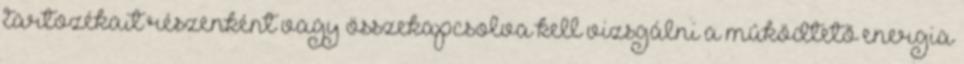
tartozékait részenként vagy összekapcsolva kell vizsgálni a mûködtetõ energia